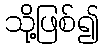
သို့ဖြစ်၍